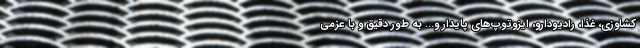
کشاوزی، غذا، رادیودارو، ایزوتوپ‌های پایدار و... به طور دقیق و با عزمی